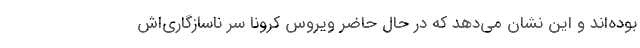
بوده‌اند و این نشان می‌دهد که در حال حاضر ویروس کرونا سر ناسازگاری‌اش